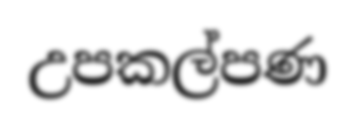
උපකල්පණ